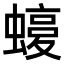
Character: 𧐛